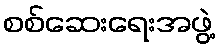
စစ်ဆေးရေးအဖွဲ့